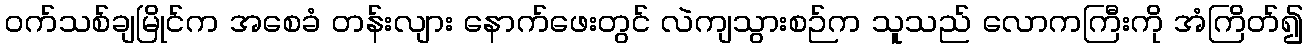
ဝက်သစ်ချမြိုင်က အစေခံ တန်းလျား နောက်ဖေးတွင် လဲကျသွားစဉ်က သူသည် လောကကြီးကို အံကြိတ်၍